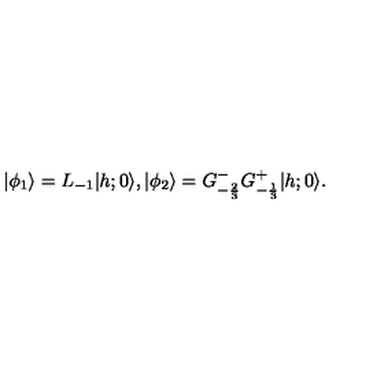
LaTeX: \vert \phi _ { 1 } \rangle = L _ { - 1 } \vert { h ; 0 } \rangle { } , { } { } { } \vert \phi _ { 2 } \rangle = G _ { - { \frac { 2 } { 3 } } } ^ { - } G _ { - { \frac { 1 } { 3 } } } ^ { + } \vert { h ; 0 } \rangle { } .